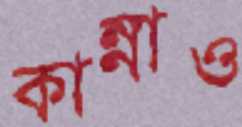
কান্নাও